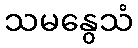
သမနွေသံ